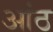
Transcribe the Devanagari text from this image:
आंठ